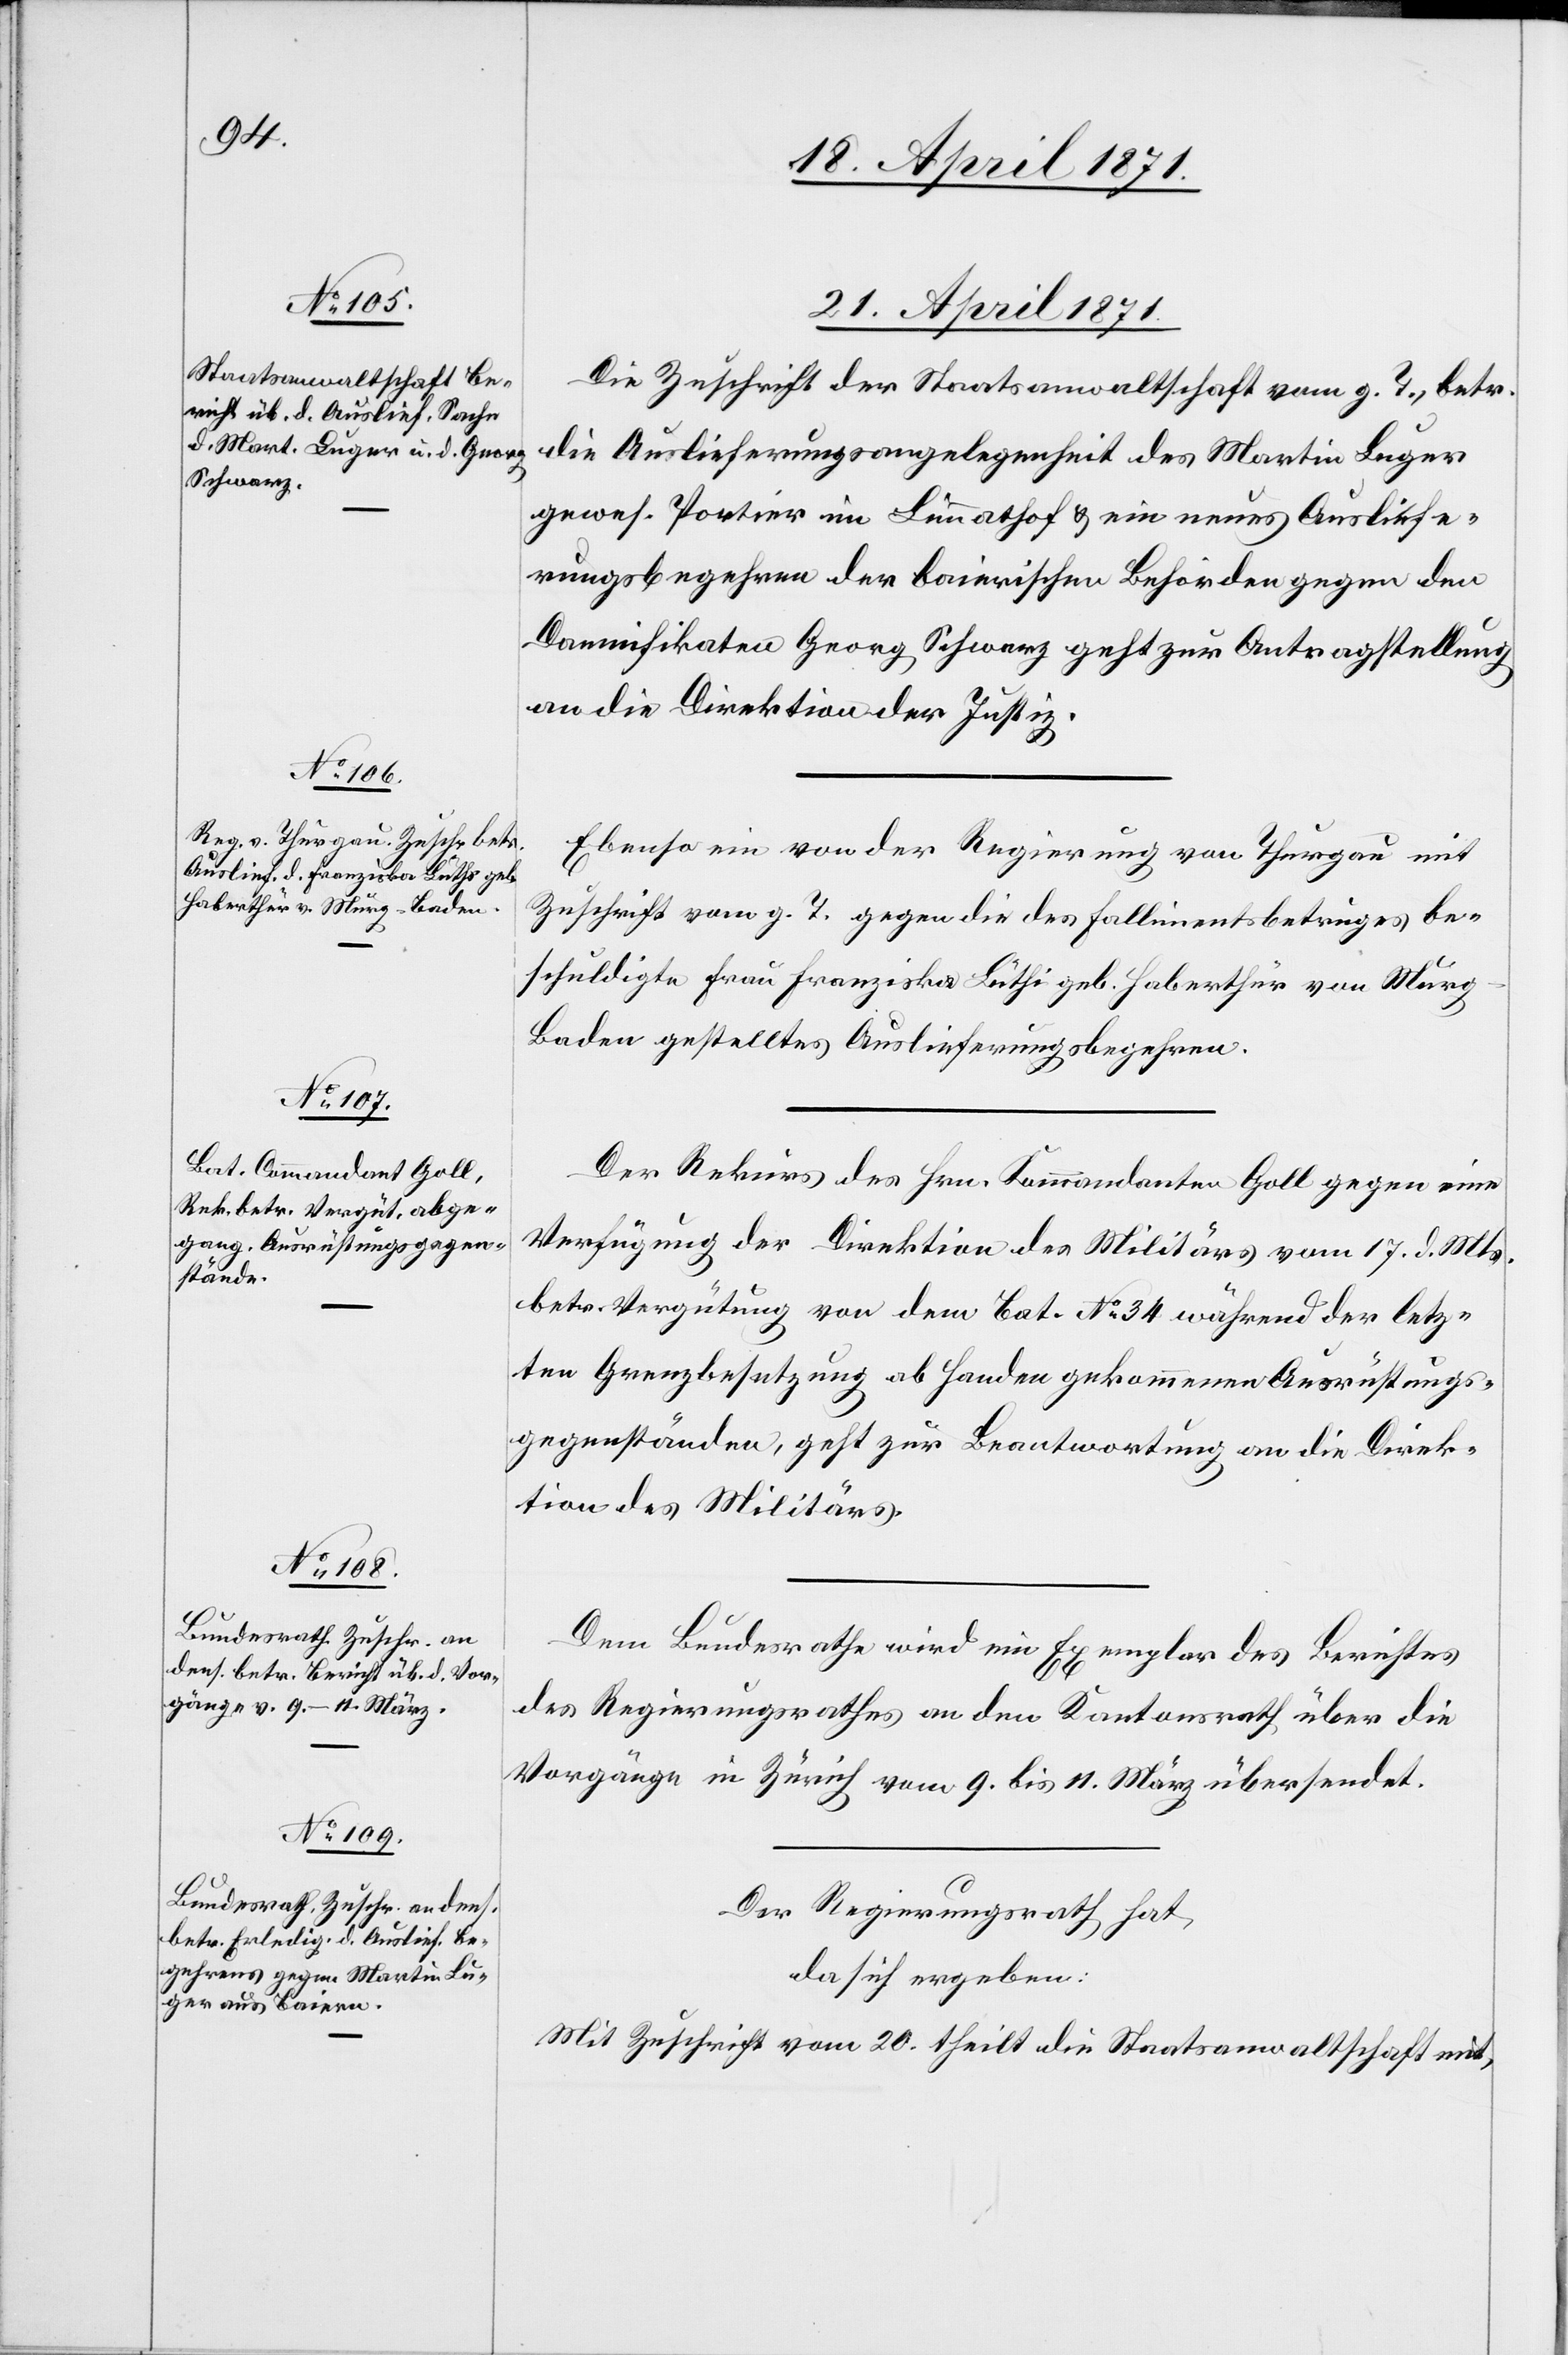
21. April 1871.]
Die Zuschrift der Staatsanwaltschaft vom g. T., betr.
die Auslieferungsangelegenheit des Martin Luger
gewes. Portier im Limmathof u. ein neues Ausliefe¬
rungsbegehren der baierischen Behörden gegen den
Damnifikaten Georg Schwarz geht zur Antragstellung
an die Direktion der Justiz.
Ebenso ein von der Regierung von Thurgau mit
Zuschrift vom g. T. gegen die des Fallimentsbetruges be¬
schuldigte Frau Franziska Lüthi geb. Haberthur von Mur¬
g-Baden gestelltes Auslieferungsbegehren.
Der Rekurs des Hrn. Kommandanten Goll gegen eine
Verfügung der Direktion des Militärs vom 17. d. Mts.
betr. Vergütung von dem Bat. No. 34 während der letz¬
ten Grenzbesetzung ab Handen gekommenen Ausrüstungs¬
gegenständen, geht zur Beantwortung an die Direk¬
tion des Militärs.
Dem Bundesrathe wird ein Exemplar des Berichtes
des Regierungsrathes an den Kantonsrath über die
Vorgänge in Zürich vom 9. bis 11. März übersendet.
Der Regierungsrath hat,
da sich ergeben:
Mit Zuschrift vom 20. theilt die Staatsanwaltschaft mit,